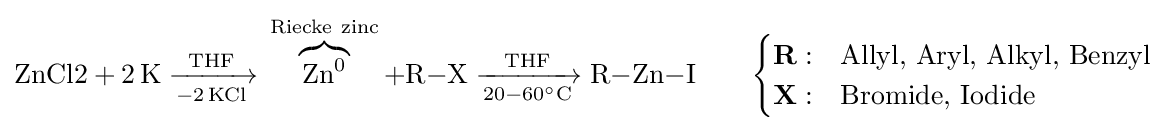
{{\text{ZnCl2}}{}+{}2\,\mathrm {K} {}\mathrel {\xrightarrow[{{-2}\,\mathrm {KCl} }]{\mathrm {THF} }} {}}\overbrace {\mathrm {Zn} {\vphantom {A}}^{0}} ^{\mathrm {Riecke} \ \mathrm {zinc} }+{\mathrm {R} {-}\mathrm {X} {}\mathrel {\xrightarrow[{20{}-{}60{\vphantom {A}}^{\circ }{\ce {\mathrm {C} }}}]{\mathrm {THF} }} {}\mathrm {R} {-}\mathrm {Zn} {-}\mathrm {I} }\qquad {\begin{cases}\mathbf {R} :&{\text{Allyl, Aryl, Alkyl, Benzyl}}\\\mathbf {X} :&{\text{Bromide, Iodide}}\end{cases}}